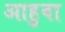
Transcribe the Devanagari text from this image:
आहुवा